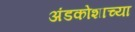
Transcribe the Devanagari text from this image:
अंडकोशाच्या